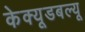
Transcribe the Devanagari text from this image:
केक्यूडबल्यू